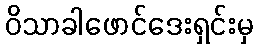
ဝိသာခါဖောင်ဒေးရှင်းမှ